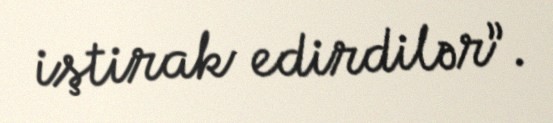
iştirak edirdilər”.